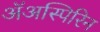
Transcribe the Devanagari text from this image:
ॲअस्पिरिन